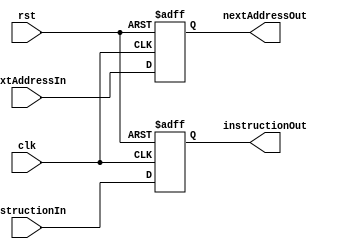
`timescale 1ns / 1ps
//////////////////////////////////////////////////////////////////////////////////
// Company: 
// Engineer: 
// 
// Design Name: 
// Module Name:    IF_ID 
// Project Name: 
// Target Devices: 
// Tool versions: 
// Description: 
//
// Dependencies: 
//
// Revision: 
// Revision 0.01 - File Created
// Additional Comments: 
//
//////////////////////////////////////////////////////////////////////////////////
module IF_ID(clk, rst, nextAddressIn, nextAddressOut, instructionIn, instructionOut);
	input wire clk, rst;
	input wire[31:0] nextAddressIn, instructionIn;
	output reg[31:0] nextAddressOut, instructionOut;
initial begin
		nextAddressOut = 0;
		instructionOut = 0;
end
	always @ (posedge clk or posedge rst) begin
		if(rst) begin
			nextAddressOut = 0;
			instructionOut = 0;
		end
		else begin
			nextAddressOut = nextAddressIn;
			instructionOut = instructionIn;
		end
	end
endmodule